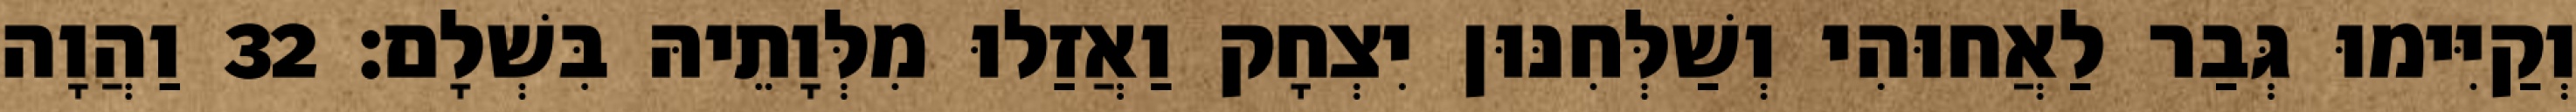
וְקַיִּימוּ גְּבַר לַאֲחוּהִי וְשַׁלְּחִנּוּן יִצְחָק וַאֲזַלוּ מִלְּוָתֵיהּ בִּשְׁלָם׃ 32 וַהֲוָה